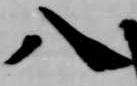
八